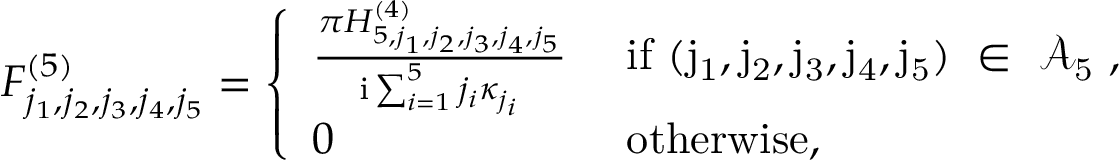
\begin{array} { r } { F _ { j _ { 1 } , j _ { 2 } , j _ { 3 } , j _ { 4 } , j _ { 5 } } ^ { ( 5 ) } = \left\{ \begin{array} { l l } { \frac { \pi H _ { 5 , j _ { 1 } , j _ { 2 } , j _ { 3 } , j _ { 4 } , j _ { 5 } } ^ { ( 4 ) } } { \mathrm { i } \sum _ { i = 1 } ^ { 5 } j _ { i } \kappa _ { j _ { i } } } } & { \mathrm { ~ i f ~ ( j _ 1 , j _ 2 , j _ 3 , j _ 4 , j _ 5 ) ~ \in ~ \mathcal { A } _ 5 ~ } , } \\ { 0 } & { \mathrm { ~ o t h e r w i s e , } } \end{array} \right. } \end{array}